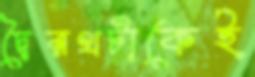
দ্বৈরথটাকেই